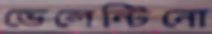
ভেলেন্টিনো